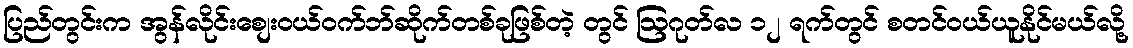
ပြည်တွင်းက အွန်လိုင်းစျေးဝယ်ဝက်ဘ်ဆိုက်တစ်ခုဖြစ်တဲ့ တွင် ဩဂုတ်လ ၁၂ ရက်တွင် စတင်ဝယ်ယူနိုင်မယ်လို့